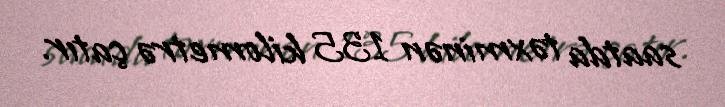
saatda təxminən 135 kilometrə çatır.